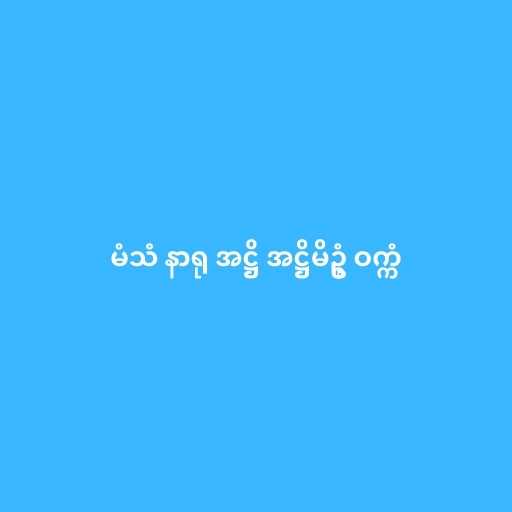
မံသံ နာရု အဋ္ဌိ အဋ္ဌိမိဥ္စံ ဝက္ကံ